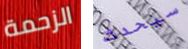
الزحمة سيحدث